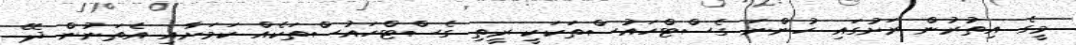
މީގެ އިތުރުން ރަށުގައި ހުންނަ ގެސްޓްހައުސްތަކަކީ ރީތި ގެސްޓްހައުސްތަކެއް ކަމަށާއި އެތަނުން ދޭ